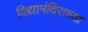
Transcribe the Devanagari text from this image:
विद्यामंदिराच्या